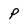
Character: p